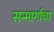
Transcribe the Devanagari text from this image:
सन्मार्गाचा